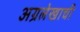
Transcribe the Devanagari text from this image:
अग्रलेखाची